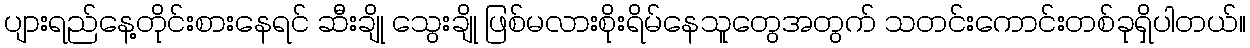
ပျားရည်နေ့တိုင်းစားနေရင် ဆီးချို သွေးချို ဖြစ်မလားစိုးရိမ်နေသူတွေအတွက် သတင်းကောင်းတစ်ခုရှိပါတယ်။